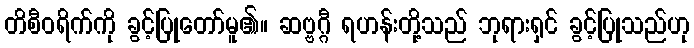
တိစီဝရိက်ကို ခွင့်ပြုတော်မူ၏။ ဆဗ္ဗဂ္ဂီ ရဟန်းတို့သည် ဘုရားရှင် ခွင့်ပြုသည်ဟု